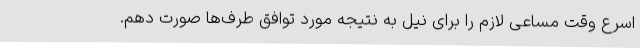
اسرع وقت مساعی لازم را برای نیل به نتیجه مورد توافق طرف‌ها صورت دهم.